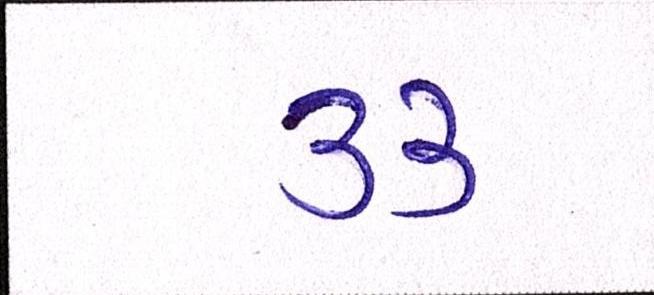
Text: ૩૩